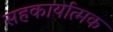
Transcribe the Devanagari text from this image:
सहकार्यात्मक